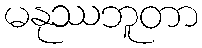
မနုဿဘူတာ